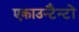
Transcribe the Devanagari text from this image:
एकाउन्टैन्टों